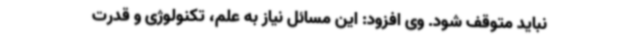
نباید متوقف شود. وی افزود: این مسائل نیاز به علم، تکنولوژی و قدرت